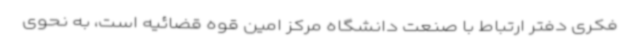
فکری دفتر ارتباط با صنعت دانشگاه مرکز امین قوه قضائیه است، به نحوی